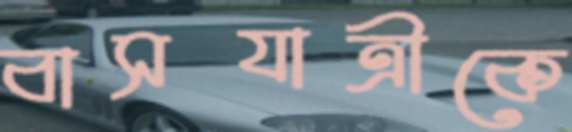
বাসযাত্রীকে